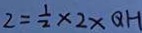
2 = \frac { 1 } { 2 } \times 2 \times Q H